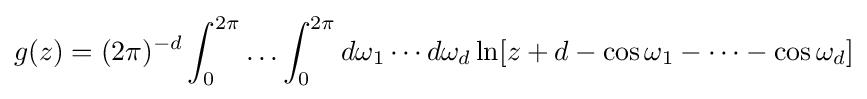
g(z)=(2\pi )^{-d}\int _{0}^{2\pi }\ldots \int _{0}^{2\pi }d\omega _{1}\cdots d\omega _{d}\ln[z+d-\cos \omega _{1}-\cdots -\cos \omega _{d}]